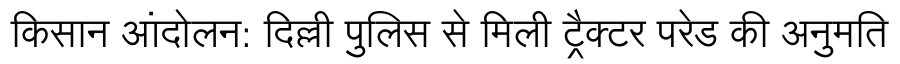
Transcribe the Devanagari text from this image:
किसान आंदोलन: दिल्ली पुलिस से मिली ट्रैक्टर परेड की अनुमति